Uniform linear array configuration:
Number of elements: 48
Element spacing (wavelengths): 1
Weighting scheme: blackman
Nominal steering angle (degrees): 45
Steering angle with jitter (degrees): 46.754
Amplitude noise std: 0.05
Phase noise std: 0.05

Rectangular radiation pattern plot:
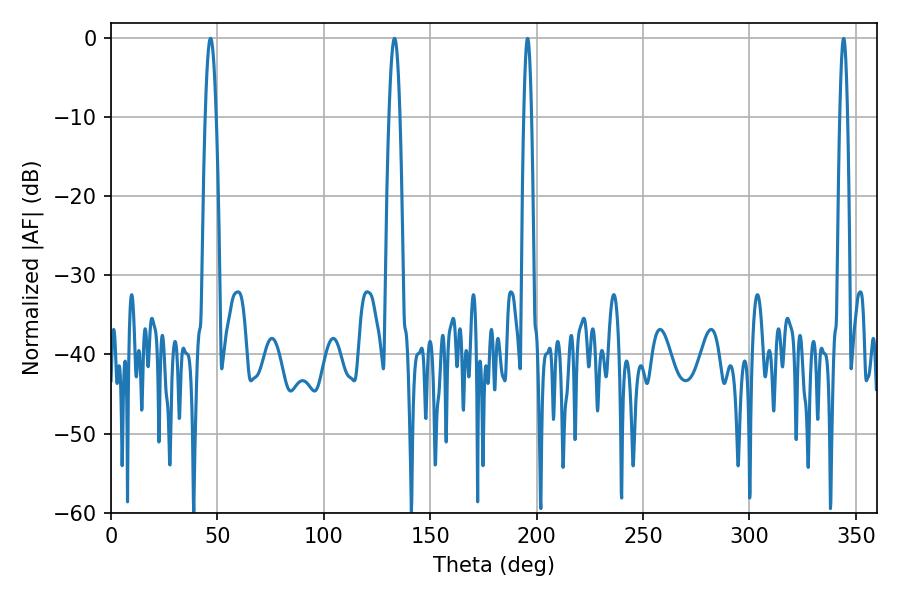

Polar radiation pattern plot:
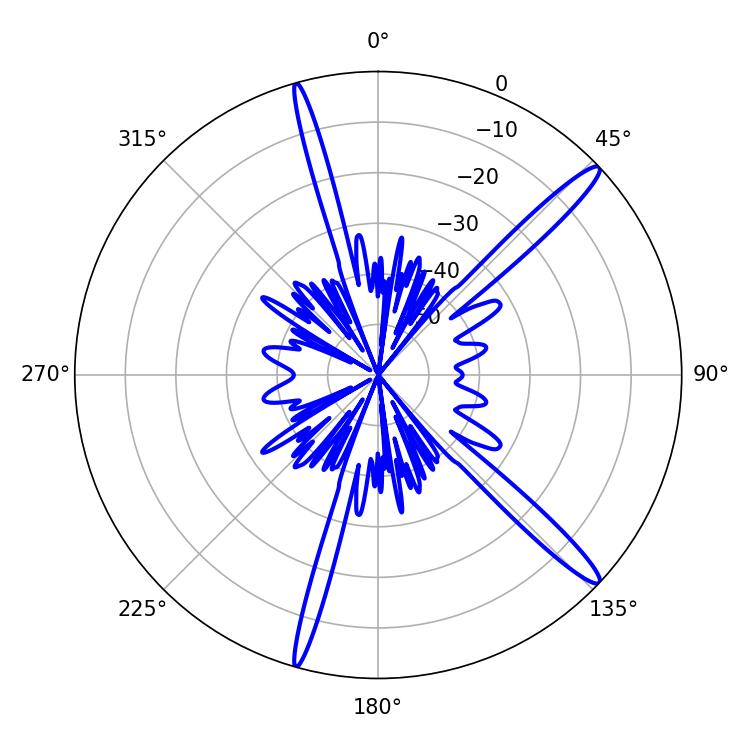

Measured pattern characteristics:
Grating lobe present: TRUE
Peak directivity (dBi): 15.383
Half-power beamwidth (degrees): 2.88
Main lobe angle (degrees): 46.8